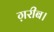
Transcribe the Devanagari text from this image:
ग़रीब।